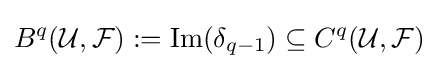
B^{q}({\mathcal {U}},{\mathcal {F}}):=\mathrm {Im} (\delta _{q-1})\subseteq C^{q}({\mathcal {U}},{\mathcal {F}})